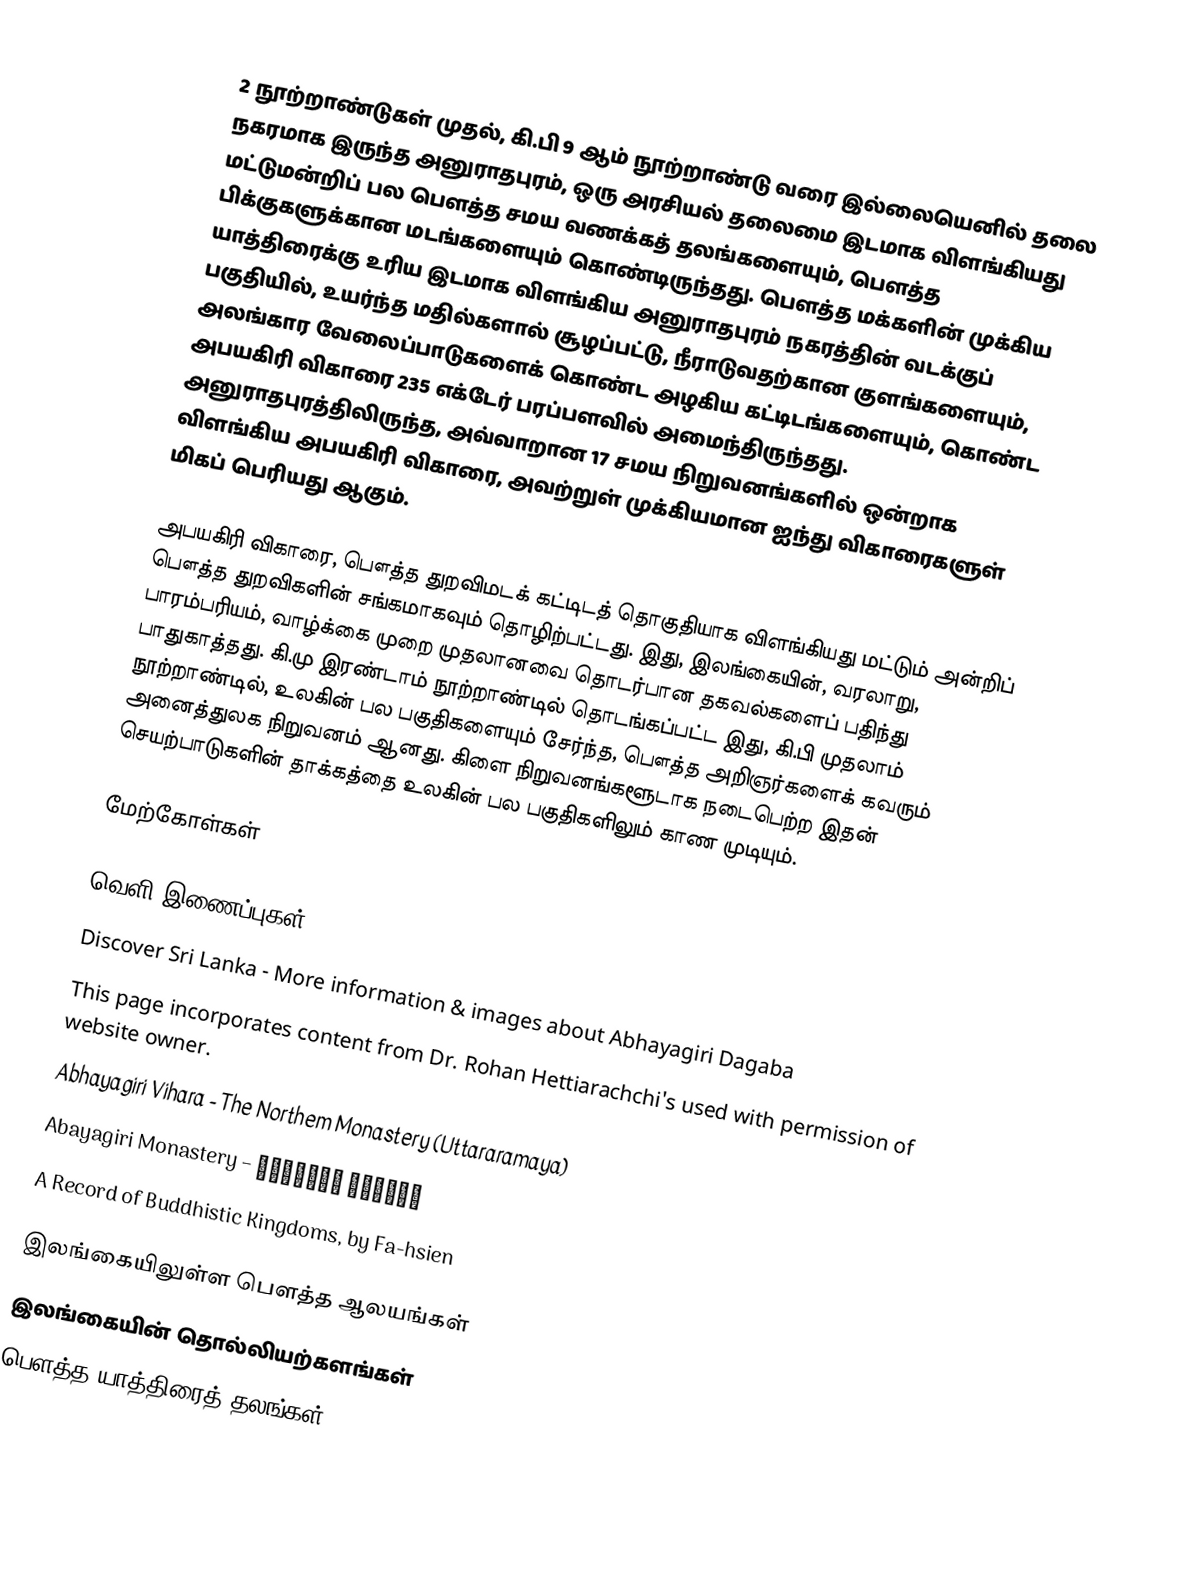
2 நூற்றாண்டுகள் முதல், கி.பி 9 ஆம் நூற்றாண்டு வரை இல்லையெனில் தலை நகரமாக இருந்த அனுராதபுரம், ஒரு அரசியல் தலைமை இடமாக விளங்கியது மட்டுமன்றிப் பல பௌத்த சமய வணக்கத் தலங்களையும், பௌத்த பிக்குகளுக்கான மடங்களையும் கொண்டிருந்தது. பௌத்த மக்களின் முக்கிய யாத்திரைக்கு உரிய இடமாக விளங்கிய அனுராதபுரம் நகரத்தின் வடக்குப் பகுதியில், உயர்ந்த மதில்களால் சூழப்பட்டு, நீராடுவதற்கான குளங்களையும், அலங்கார வேலைப்பாடுகளைக் கொண்ட அழகிய கட்டிடங்களையும்,  கொண்ட அபயகிரி விகாரை 235 எக்டேர் பரப்பளவில் அமைந்திருந்தது. அனுராதபுரத்திலிருந்த, அவ்வாறான 17 சமய நிறுவனங்களில் ஒன்றாக விளங்கிய அபயகிரி விகாரை, அவற்றுள் முக்கியமான ஐந்து விகாரைகளுள் மிகப் பெரியது ஆகும்.

அபயகிரி விகாரை, பௌத்த துறவிமடக் கட்டிடத் தொகுதியாக விளங்கியது மட்டும் அன்றிப் பௌத்த துறவிகளின் சங்கமாகவும் தொழிற்பட்டது. இது, இலங்கையின், வரலாறு, பாரம்பரியம், வாழ்க்கை முறை முதலானவை தொடர்பான தகவல்களைப் பதிந்து பாதுகாத்தது. கி.மு இரண்டாம் நூற்றாண்டில் தொடங்கப்பட்ட இது, கி.பி முதலாம் நூற்றாண்டில், உலகின் பல பகுதிகளையும் சேர்ந்த, பௌத்த அறிஞர்களைக் கவரும் அனைத்துலக நிறுவனம் ஆனது. கிளை நிறுவனங்களூடாக நடைபெற்ற இதன் செயற்பாடுகளின் தாக்கத்தை உலகின் பல பகுதிகளிலும் காண முடியும்.

மேற்கோள்கள்

வெளி இணைப்புகள்
Discover Sri Lanka - More information & images about Abhayagiri Dagaba
 This page incorporates content from  Dr. Rohan Hettiarachchi's  used with permission of website owner.
Abhayagiri Vihara - The Northem Monastery (Uttararamaya)
Abayagiri Monastery – අභයගිරි විහාරය
A Record of Buddhistic Kingdoms, by Fa-hsien

இலங்கையிலுள்ள பௌத்த ஆலயங்கள்
இலங்கையின் தொல்லியற்களங்கள்
பௌத்த யாத்திரைத் தலங்கள்